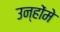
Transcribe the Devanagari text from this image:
उन्होंमे